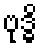
ဗုဒ္ဓိ